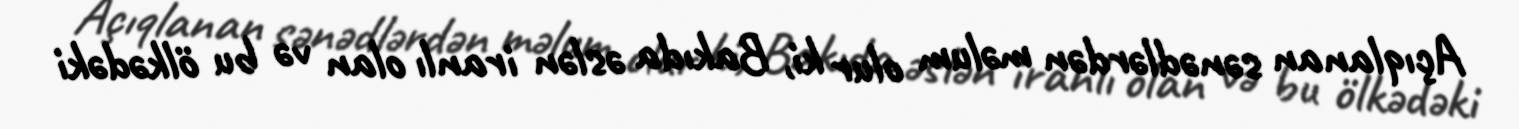
Açıqlanan sənədlərdən məlum olur ki, Bakıda əslən iranlı olan və bu ölkədəki